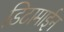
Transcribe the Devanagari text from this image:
डिटामाईन